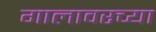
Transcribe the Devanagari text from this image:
गालावरच्या